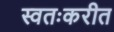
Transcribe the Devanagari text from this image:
स्वतःकरीत